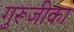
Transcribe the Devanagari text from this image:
गुरूजीका